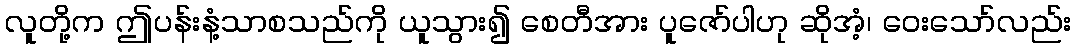
လူတို့က ဤပန်းနံ့သာစသည်ကို ယူသွား၍ စေတီအား ပူဇော်ပါဟု ဆိုအံ့၊ ဝေးသော်လည်း